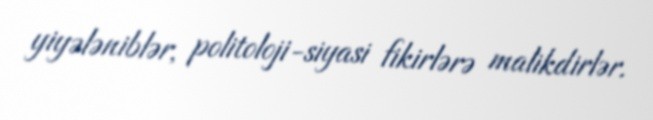
yiyələniblər, politoloji-siyasi fikirlərə malikdirlər.